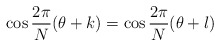
\begin{align*}\cos \frac{2\pi}{N}(\theta+k)=\cos\frac{2\pi}{N}(\theta+l)\end{align*}